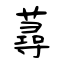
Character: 蕁